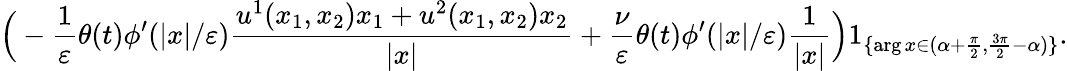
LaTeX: \Big(-\frac{1}{\varepsilon}\theta(t)\phi^{\prime}(|x|/\varepsilon)\frac{u^{1}(x_{1},x_{2})x_{1}+u^{2}(x_{1},x_{2})x_{2}}{|x|}+\frac{\nu}{\varepsilon}\theta(t)\phi^{\prime}(|x|/\varepsilon)\frac{1}{|x|}\Big)1_{\{ \arg x\in(\alpha+\frac{\pi}{2},\frac{3\pi}{2}-\alpha)\} }.